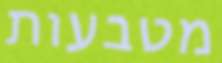
מטבעות